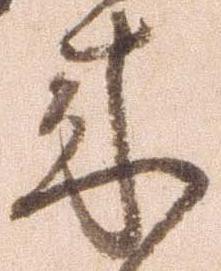
来